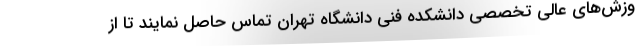
وزش‌های عالی تخصصی دانشکده فنی دانشگاه تهران تماس حاصل نمایند تا از